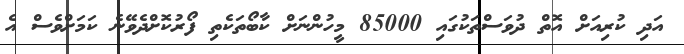
އަދި ކުރިއަށް އޮތް ދުވަސްތަކުގައި 85000 މީހުންނަށް ކާބޯތަކެތި ފޯރުކޮށްދެވޭނެ ކަމަށްވެސް އެ